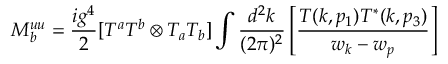
{ \cal M } _ { b } ^ { u u } = \frac { i g ^ { 4 } } { 2 } [ T ^ { a } T ^ { b } \otimes T _ { a } T _ { b } ] \int \frac { d ^ { 2 } k } { ( 2 \pi ) ^ { 2 } } \left[ \frac { T ( k , p _ { 1 } ) T ^ { * } ( k , p _ { 3 } ) } { w _ { k } - w _ { p } } \right]